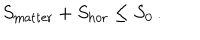
LaTeX: S _ { \mathrm { m a t t e r } } + S _ { \mathrm { h o r } } \leq S _ { 0 } \, .